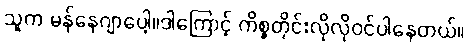
သူက မန်နေဂျာပေါ့။ဒါကြောင့် ကိစ္စတိုင်းလိုလိုဝင်ပါနေတယ်။